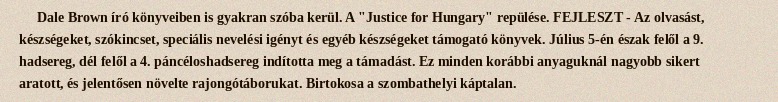
Dale Brown író könyveiben is gyakran szóba kerül. A "Justice for Hungary" repülése. FEJLESZT - Az olvasást, készségeket, szókincset, speciális nevelési igényt és egyéb készségeket támogató könyvek. Július 5-én észak felől a 9. hadsereg, dél felől a 4. páncéloshadsereg indította meg a támadást. Ez minden korábbi anyaguknál nagyobb sikert aratott, és jelentősen növelte rajongótáborukat. Birtokosa a szombathelyi káptalan.